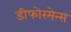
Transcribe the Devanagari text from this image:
डीफोरमेन्स